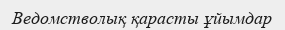
Ведомстволық қарасты ұйымдар